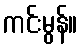
ကင်းမွန်။